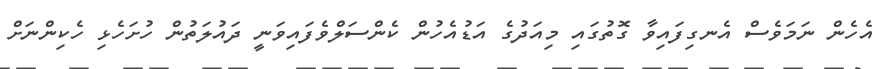
އެހެން ނަމަވެސް އެނގިފައިވާ ގޮތުގައި މިއަދުގެ އަޑުއެހުން ކެންސަލްވެފައިވަނީ ދައުލަތުން ހުށަހެޅި ހެކިންނަށް